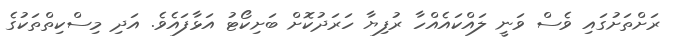
ރަށްތަށުގައި ވެސް ވަނީ ލައްކައެއްހާ ރުފިޔާ ހަރަދުކޮށް ބަށިކޯޓު އަޅާފައެވެ. އަދި މިސްކިތްތަކުގެ